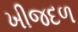
ખીજદળ